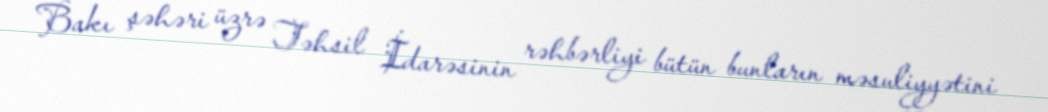
Bakı şəhəri üzrə Təhsil İdarəsinin rəhbərliyi bütün bunların məsuliyyətini